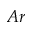
A r